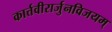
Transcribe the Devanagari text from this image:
कार्त्तवीरार्जुनविजयम्